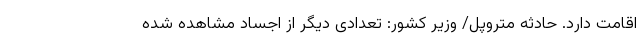
اقامت دارد. حادثه متروپل/ وزیر کشور: تعدادی دیگر از اجساد مشاهده شده